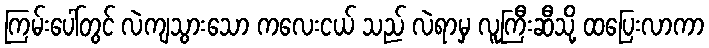
ကြမ်းပေါ်တွင် လဲကျသွားသော ကလေးငယ် သည် လဲရာမှ လူကြီးဆီသို့ ထပြေးလာကာ